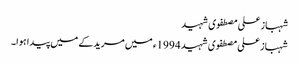
شہباز علی مصطفوی شہید
شہباز علی مصطفوی شہید 1994ء میں مریدکے میں پیدا ہوا۔